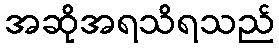
အဆိုအရသိရသည်